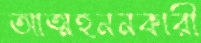
আত্মহননকারী